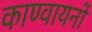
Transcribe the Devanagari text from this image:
काण्वायनों